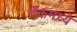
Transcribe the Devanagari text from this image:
बँकमध्ये